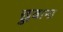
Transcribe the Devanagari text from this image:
छुवाना